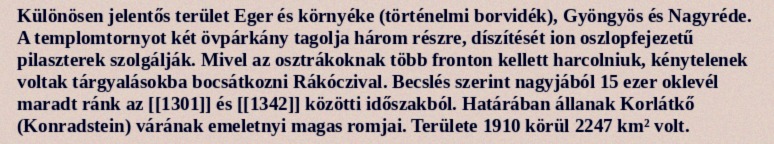
Különösen jelentős terület Eger és környéke (történelmi borvidék), Gyöngyös és Nagyréde. A templomtornyot két övpárkány tagolja három részre, díszítését ion oszlopfejezetű pilaszterek szolgálják. Mivel az osztrákoknak több fronton kellett harcolniuk, kénytelenek voltak tárgyalásokba bocsátkozni Rákóczival. Becslés szerint nagyjából 15 ezer oklevél maradt ránk az [[1301]] és [[1342]] közötti időszakból. Határában állanak Korlátkő (Konradstein) várának emeletnyi magas romjai. Területe 1910 körül 2247 km² volt.